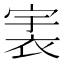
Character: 𧙶